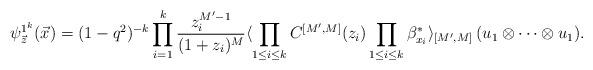
LaTeX: \begin{align*}\psi_{\vec{z}}^{1^{k}}(\vec{x})=(1-q^{2})^{-k}\prod_{i=1}^{k}\frac{z_{i}^{M'-1}}{(1+z_{i})^{M}} \langle \prod_{1\le i \le k}C^{[M', M]}(z_{i}) \prod_{1\le i \le k}\beta_{x_{i}}^{*} \rangle_{[M', M]}\, (u_{1}\otimes \cdots \otimes u_{1}). \end{align*}